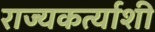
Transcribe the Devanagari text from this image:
राज्यकर्त्याशी